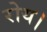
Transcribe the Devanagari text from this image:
रोय।